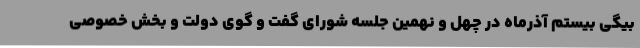
بیگی بیستم آذرماه در چهل و نهمین جلسه شورای گفت و گوی دولت و بخش خصوصی